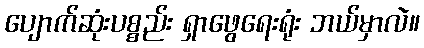
ပျောက်ဆုံးပစ္စည်း ရှာဖွေရေးရုံး ဘယ်မှာလဲ။